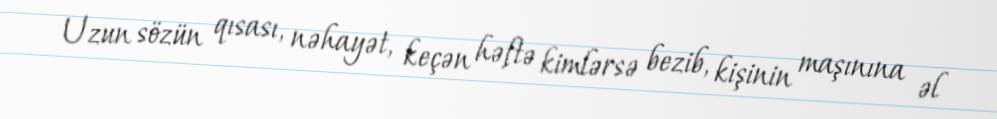
Uzun sözün qısası, nəhayət, keçən həftə kimlərsə bezib, kişinin maşınına əl